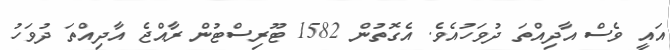
އައީ ވެސް އާދިއްތަ ދުވަހުއެވެ. އެގޮތުން 1582 ޓޫރިސްޓުން ރާއްޖެ އާދިއްތަ ދުވަހު